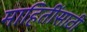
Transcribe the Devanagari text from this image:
माहितींसाठी